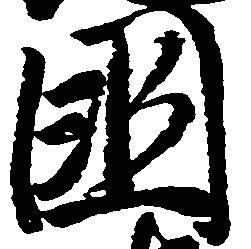
国